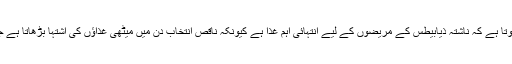
محققین کا کہنا تھا کہ نتائج سے معلوم ہوتا ہے کہ ناشتہ ذیابیطس کے مریضوں کے لیے انتہائی اہم غذا ہے کیونکہ ناقص انتخاب دن میں میٹھی غذاﺅں کی اشتہا بڑھاتا ہے جس سے شوگر لیول مزید اوپر جاتا ہے۔